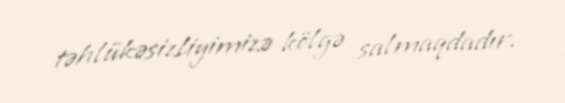
təhlükəsizliyimizə kölgə salmaqdadır.